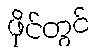
ဖိုင်တွင်